Annual report of the Civil Veterinary Department, Bengal, and of the Bengal Veterinary College for the year 1905-1906 - 1905-1906
Year: 1905
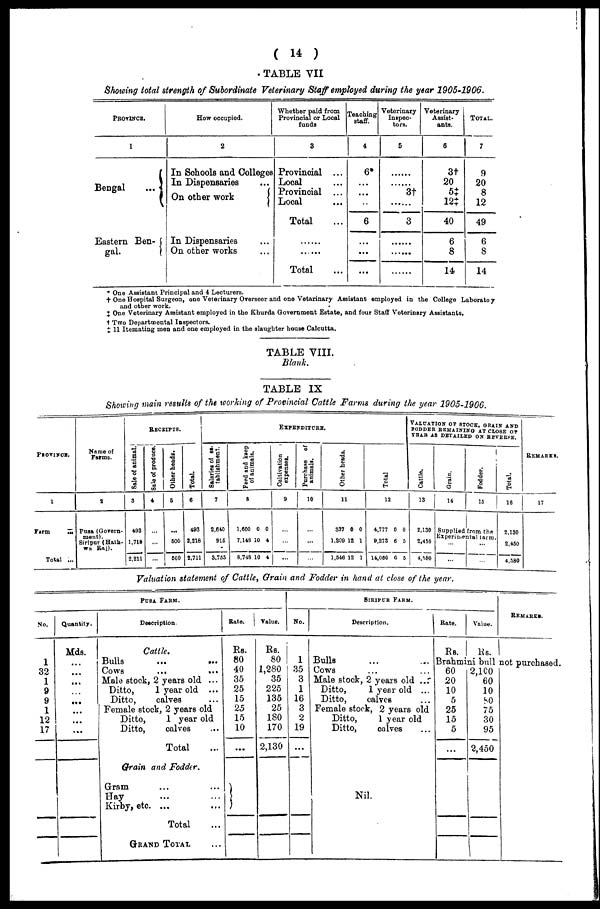
(14)
TABLE VII
Showing total strength of Subordinate Veterinary Staff employed during the year 1905-1906.
PROVINCE.
1
Bengal
...
Eastern Ben-
gal.
How occupied.
2
In Schools and Colleges
In Dispensaries ...
On other work
In Dispensaries ...
On. other works ...
Whether paid from
Provincial or Local
funds
3
Provincial ...
Local ...
Provincial ...
Local ...
Total ...
......
......
Total ...
Teaching
4
6*
...
...
...
6
...
...
...
Veterinary
Inspec-
tors.
5
......
......
3†
......
3
......
......
......
Veterinary
Assist-
ants.
6
3†
20
5‡
12‡
40
6
8
14
TOTAL,
7
9
20
8
12
49
6
8
14
* One Assistant Principal and 4 Lecturers.
† One Hospital Surgeon, one Veterinary Overseer and one Vetarinary Assistant employed in the College Laboratoy
and other work.
‡ One Veterinary Assistant employed in the Khurda Government Estate, and four Staff Veterinary Assistants,
† Two Departmental Inspectors.
‡ 11 Itemating men and one employed in the slaughter house Calcutta.
TABLE VIII.
Blank.
TABLE IX
Showing main results of the working of Provincial Cattle Farms during the year 1905-1906.
PROVINCE.
1
Farm
...
Total ...
Name of
Farms.
2
Pusa (Govern-
ment).
Siripur (Hath-
wa Raj).
RECEIPTS.
Sale of animal.
3
493
1,718
2,211
Sale of produce.
4
...
...
...
Other heads.
5
...
500
600
Total.
6
493
2,218
2,711
EXPENDITURE.
Salaries of es-
tablishment.
7
2,640
916
*
3,755
Feed and keep
of animals.
8
1,600 0 0
7,148 10 4
8,748 10 4
Cultivation
expenses.
9
...
...
...
Purchase of
animals.
10
...
...
Other heads.
11
337 0 0
1,209 12 1
1,546 12 1
Total
12
4,777 0 0
9,273 6 5
14,050 6 5
VALUATION OF STOCK, GRAIN AND
FODDER REMAINING AT CLOSE OF
YEAR AS DETAILED ON REVERSE.
Cattle.
13
2,130
2,450
4,580
Grain.
14
Supplied from the
Experimental farm.
... ...
Fodder.
15
...
...
Total.
16
2,130
2,450
4,580
REMARKS.
17
Valuation statement of Cattle, Grain and Fodder in hand at close of the year.
PUSA FARM.
No.
1
32
1
9
9
1
12
17
Quantity.
Mds.
...
...
...
...
...
...
...
...
Description.
Cattle.
Bulls ... ...
Cows ... ...
Male stock, 2 years old ...
Ditto,
1 year old ...
Ditto,
calves ...
Female stock, 2 years old
Ditto,
1 year old
Ditto,
calves ...
Total ...
Grain and Fodder.
Gram ... ...
Hay ... ...
Kirby, etc. ... ...
Total ...
GRAND TOTAL...
Rate.
Rs.
80
40
35
25
15
25
15
10
...
Value.
Rs.
80
1,280
35
225
135
25
180
170
2,130
SIRIPUR FARM.
No.
1
35
3
1
16
3
2
19
...
Description.
Bulls ... ...
Cows ... ...
Male stock, 2 years old ...
Ditto,
1 year old ...
Ditto,
calves ...
Female stock, 2 years old
Ditto,
1 year old
Ditto,
calves ...
Nil.
Rate.
Rs.
Value.
Rs.
REMARKS.
Brahmini bull not purchased.
60
20
10
5
25
15
5
...
2,100
60
10
80
75
30
95
2,450